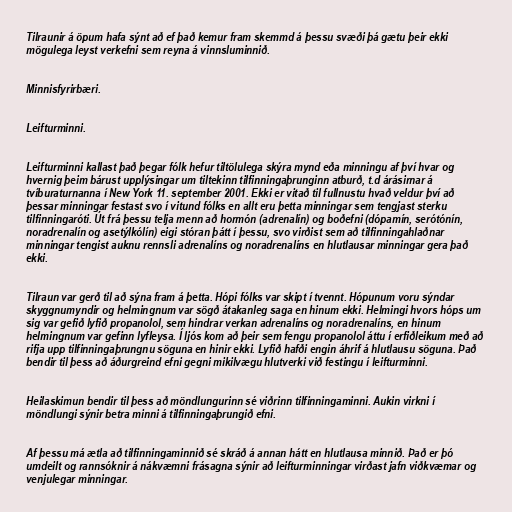
Tilraunir á öpum hafa sýnt að ef það kemur fram skemmd á þessu svæði þá gætu þeir ekki
mögulega leyst verkefni sem reyna á vinnsluminnið.

Minnisfyrirbæri.

Leifturminni.

Leifturminni kallast það þegar fólk hefur tiltölulega skýra mynd eða minningu af því hvar og
hvernig þeim bárust upplýsingar um tiltekinn tilfinningaþrunginn atburð, t.d árásirnar á
tvíburaturnanna í New York 11. september 2001. Ekki er vitað til fullnustu hvað veldur því að
þessar minningar festast svo í vitund fólks en allt eru þetta minningar sem tengjast sterku
tilfinningaróti. Út frá þessu telja menn að hormón (adrenalín) og boðefni (dópamín, serótónín,
noradrenalín og asetýlkólín) eigi stóran þátt í þessu, svo virðist sem að tilfinningahlaðnar
minningar tengist auknu rennsli adrenalíns og noradrenalíns en hlutlausar minningar gera það
ekki.

Tilraun var gerð til að sýna fram á þetta. Hópi fólks var skipt í tvennt. Hópunum voru sýndar
skyggnumyndir og helmingnum var sögð átakanleg saga en hinum ekki. Helmingi hvors hóps um
sig var gefið lyfið propanolol, sem hindrar verkan adrenalíns og noradrenalíns, en hinum
helmingnum var gefinn lyfleysa. Í ljós kom að þeir sem fengu propanolol áttu í erfiðleikum með að
rifja upp tilfinningaþrungnu söguna en hinir ekki. Lyfið hafði engin áhrif á hlutlausu söguna. Það
bendir til þess að áðurgreind efni gegni mikilvægu hlutverki við festingu í leifturminni.

Heilaskimun bendir til þess að möndlungurinn sé viðrinn tilfinningaminni. Aukin virkni í
möndlungi sýnir betra minni á tilfinningaþrungið efni.

Af þessu má ætla að tilfinningaminnið sé skráð á annan hátt en hlutlausa minnið. Það er þó
umdeilt og rannsóknir á nákvæmni frásagna sýnir að leifturminningar virðast jafn viðkvæmar og
venjulegar minningar.